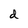
Character: d